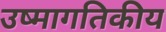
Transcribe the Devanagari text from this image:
उष्मागतिकीय